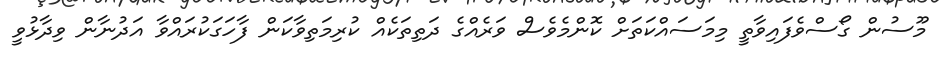
މޫސުން ގޯސްވެފައިވާތީ މިމަސައްކަތަށް ކޮންމެވެސް ވަރެއްގެ ދަތިތަކެއް ކުރިމަތިވާކަން ފާހަގަކުރައްވާ އަދުނާން ވިދާޅުވީ